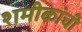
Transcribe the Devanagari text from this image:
शमीकांची